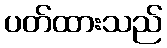
ပတ်ထားသည်